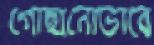
গোছানোভাবে